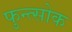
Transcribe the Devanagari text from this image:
फुन्त्सोक